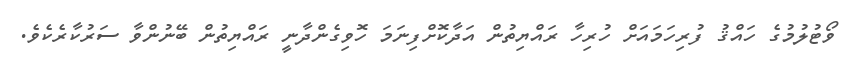
ވޯޓުލުމުގެ ހައްޤު ފުރިހަމައަށް ހުރިހާ ރައްޔިތުން އަދާކޮށްފިނަމަ ހޮވިގެންދާނީ ރައްޔިތުން ބޭނުންވާ ސަރުކާރެކެވެ.